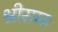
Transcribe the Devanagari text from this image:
श्रीरामः